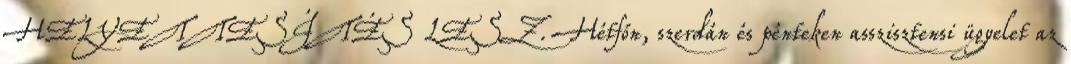
HELYETTESÍTÉS LESZ. Hétfőn, szerdán és pénteken asszisztensi ügyelet az